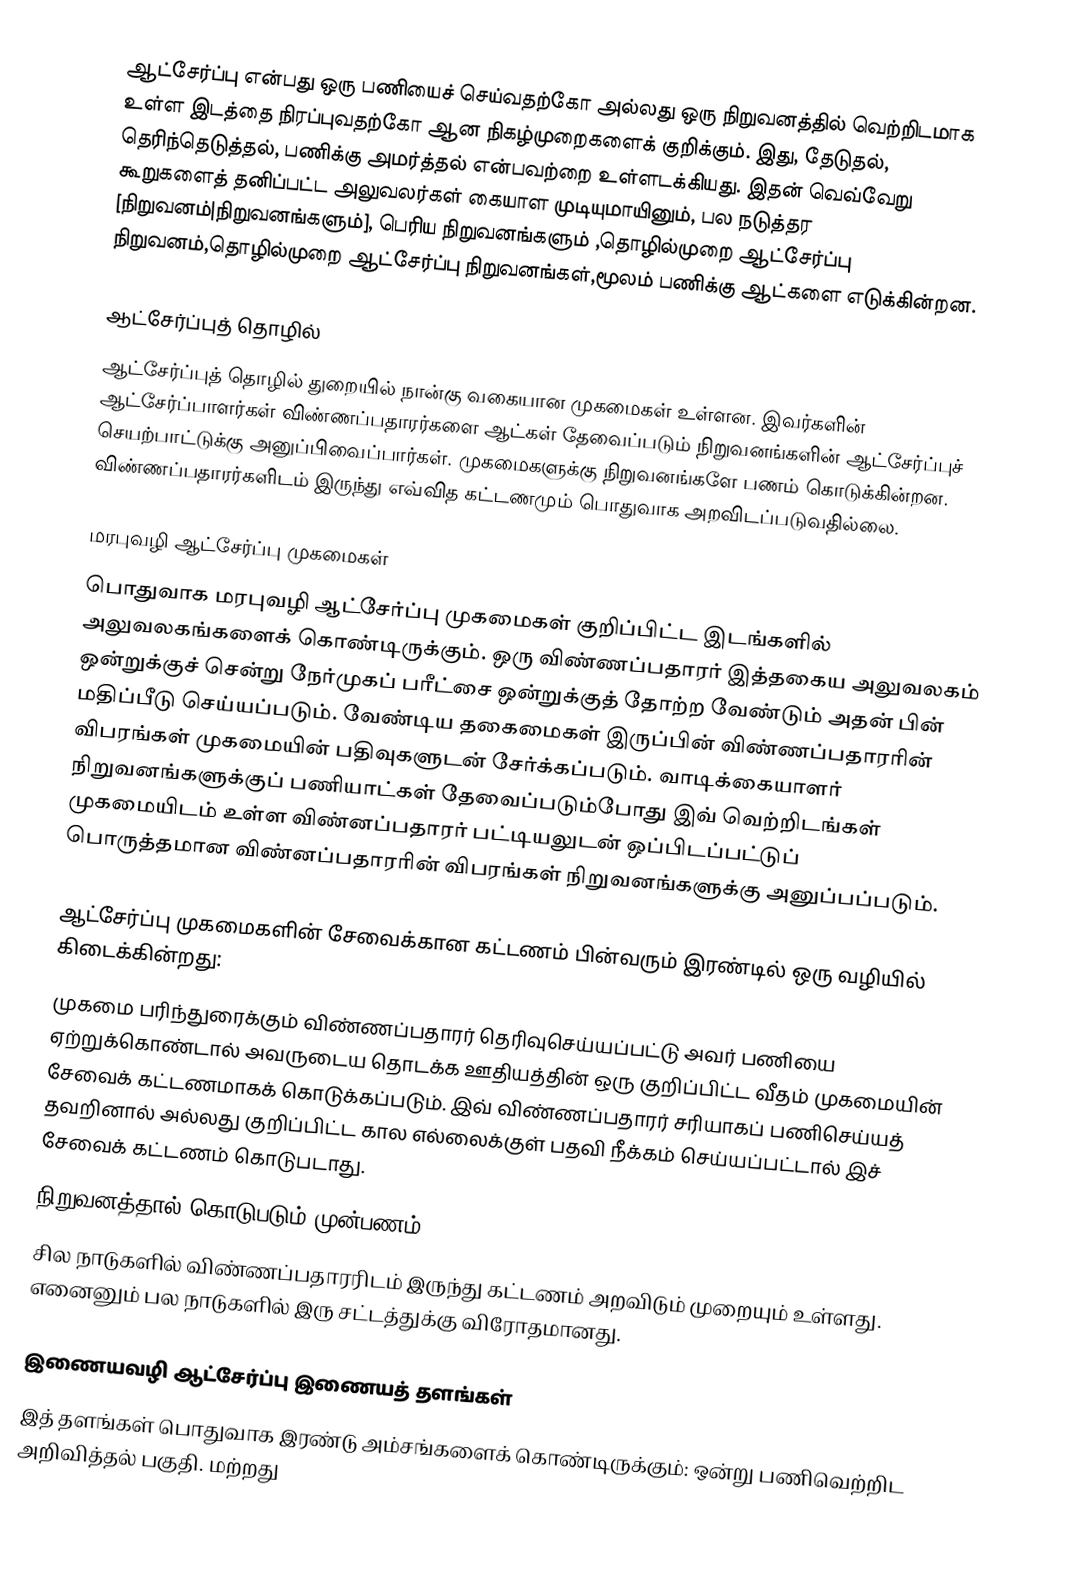
ஆட்சேர்ப்பு என்பது ஒரு பணியைச் செய்வதற்கோ அல்லது ஒரு நிறுவனத்தில் வெற்றிடமாக உள்ள இடத்தை நிரப்புவதற்கோ ஆன நிகழ்முறைகளைக் குறிக்கும். இது, தேடுதல், தெரிந்தெடுத்தல், பணிக்கு அமர்த்தல் என்பவற்றை உள்ளடக்கியது. இதன் வெவ்வேறு கூறுகளைத் தனிப்பட்ட அலுவலர்கள் கையாள முடியுமாயினும், பல நடுத்தர [நிறுவனம்|நிறுவனங்களும்], பெரிய நிறுவனங்களும் ,தொழில்முறை ஆட்சேர்ப்பு நிறுவனம்,தொழில்முறை ஆட்சேர்ப்பு நிறுவனங்கள்,மூலம் பணிக்கு ஆட்களை எடுக்கின்றன.

ஆட்சேர்ப்புத் தொழில்
ஆட்சேர்ப்புத் தொழில் துறையில் நான்கு வகையான முகமைகள் உள்ளன. இவர்களின் ஆட்சேர்ப்பாளர்கள் விண்ணப்பதாரர்களை ஆட்கள் தேவைப்படும் நிறுவனங்களின் ஆட்சேர்ப்புச் செயற்பாட்டுக்கு அனுப்பிவைப்பார்கள். முகமைகளுக்கு நிறுவனங்களே பணம் கொடுக்கின்றன. விண்ணப்பதாரர்களிடம் இருந்து எவ்வித கட்டணமும் பொதுவாக அறவிடப்படுவதில்லை.

மரபுவழி ஆட்சேர்ப்பு முகமைகள்
பொதுவாக மரபுவழி ஆட்சேர்ப்பு முகமைகள் குறிப்பிட்ட இடங்களில் அலுவலகங்களைக் கொண்டிருக்கும். ஒரு விண்ணப்பதாரர் இத்தகைய அலுவலகம் ஒன்றுக்குச் சென்று நேர்முகப் பரீட்சை ஒன்றுக்குத் தோற்ற வேண்டும் அதன் பின் மதிப்பீடு செய்யப்படும். வேண்டிய தகைமைகள் இருப்பின் விண்ணப்பதாரரின் விபரங்கள் முகமையின் பதிவுகளுடன் சேர்க்கப்படும். வாடிக்கையாளர் நிறுவனங்களுக்குப் பணியாட்கள் தேவைப்படும்போது இவ் வெற்றிடங்கள் முகமையிடம் உள்ள விண்னப்பதாரர் பட்டியலுடன் ஒப்பிடப்பட்டுப் பொருத்தமான விண்னப்பதாரரின் விபரங்கள் நிறுவனங்களுக்கு அனுப்பப்படும்.

ஆட்சேர்ப்பு முகமைகளின் சேவைக்கான கட்டணம் பின்வரும் இரண்டில் ஒரு வழியில் கிடைக்கின்றது:
 முகமை பரிந்துரைக்கும் விண்ணப்பதாரர் தெரிவுசெய்யப்பட்டு அவர் பணியை ஏற்றுக்கொண்டால் அவருடைய தொடக்க ஊதியத்தின் ஒரு குறிப்பிட்ட வீதம் முகமையின் சேவைக் கட்டணமாகக் கொடுக்கப்படும். இவ் விண்ணப்பதாரர் சரியாகப் பணிசெய்யத் தவறினால் அல்லது குறிப்பிட்ட கால எல்லைக்குள் பதவி நீக்கம் செய்யப்பட்டால் இச் சேவைக் கட்டணம் கொடுபடாது.
 நிறுவனத்தால் கொடுபடும் முன்பணம்.
 சில நாடுகளில் விண்ணப்பதாரரிடம் இருந்து கட்டணம் அறவிடும் முறையும் உள்ளது. எனைனும் பல நாடுகளில் இரு சட்டத்துக்கு விரோதமானது.

இணையவழி ஆட்சேர்ப்பு இணையத் தளங்கள்
இத் தளங்கள் பொதுவாக இரண்டு அம்சங்களைக் கொண்டிருக்கும்: ஒன்று பணிவெற்றிட அறிவித்தல் பகுதி. மற்றது